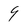
Character: 9